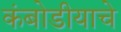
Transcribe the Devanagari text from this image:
कंबोडीयाचे